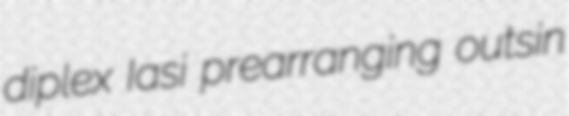
diplex Iasi prearranging outsin